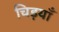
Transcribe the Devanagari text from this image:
चिड़याँ